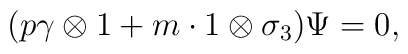
(p\gamma\otimes 1+m\cdot 1\otimes\sigma_3)\Psi=0,